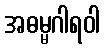
အဓမ္မဂါရဝါ